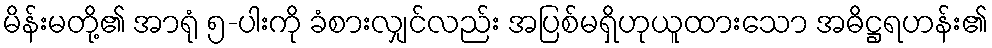
မိန်းမတို့၏ အာရုံ ၅-ပါးကို ခံစားလျှင်လည်း အပြစ်မရှိဟုယူထားသော အဓိဋ္ဌရဟန်း၏